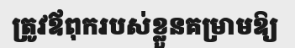
ត្រូវឪពុករបស់ខ្លួនគម្រាមឱ្យ